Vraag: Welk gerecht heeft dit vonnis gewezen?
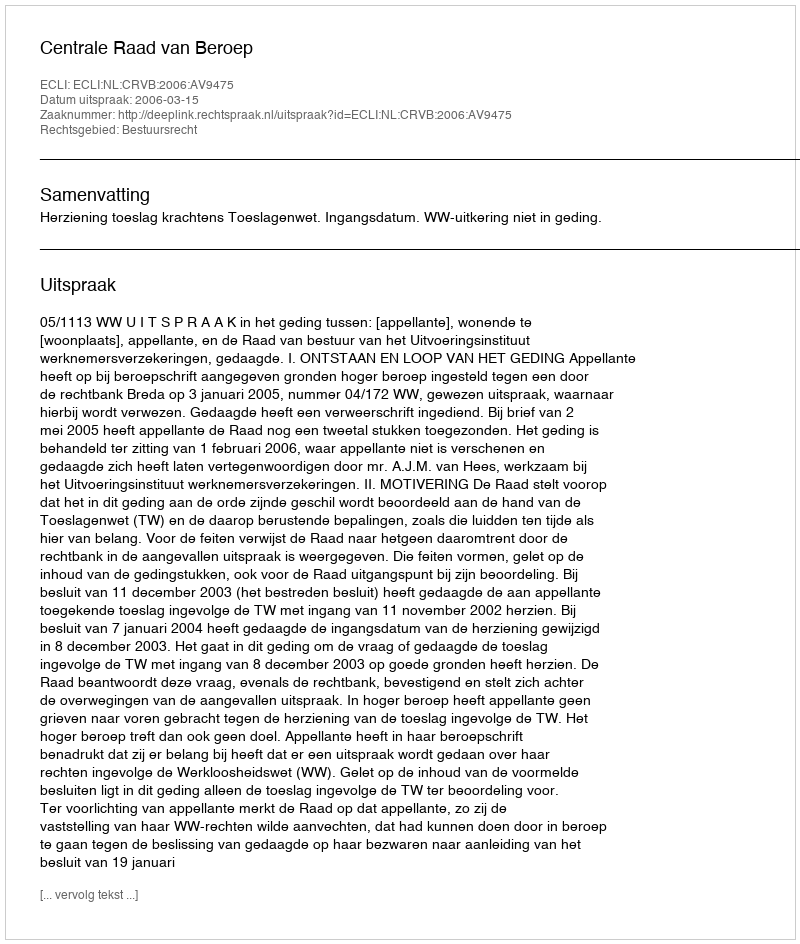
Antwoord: Centrale Raad van Beroep